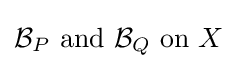
{\mathcal {B}}_{P}{\text{ and }}{\mathcal {B}}_{Q}{\text{ on }}X